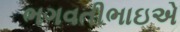
ભગવતીભાઇએ